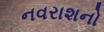
નવરાશનો